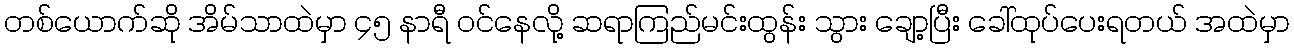
တစ်ယောက်ဆို အိမ်သာထဲမှာ ၄၅ နာရီ ဝင်နေလို့ ဆရာကြည်မင်းထွန်း သွား ချော့ပြီး ခေါ်ထုပ်ပေးရတယ် အထဲမှာ